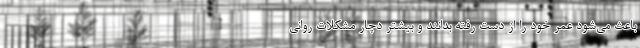
باعث می‌شود عمر خود را از دست رفته بدانند و بیشتر دچار مشکلات روانی